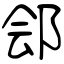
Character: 郐